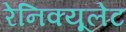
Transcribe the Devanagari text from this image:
रेनिक्यूलेट